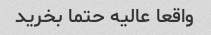
واقعا عالیه حتما بخرید